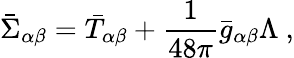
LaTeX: \bar{\Sigma}_{\alpha\beta}=\bar{T}_{\alpha\beta}+\frac{1}{48\pi}\bar{g}_{\alpha\beta}\Lambda~,